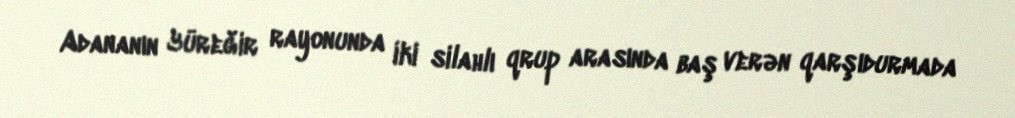
Adananın Yüreğir rayonunda iki silahlı qrup arasında baş verən qarşıdurmada